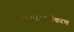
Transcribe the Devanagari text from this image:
आक्साइडीकरण